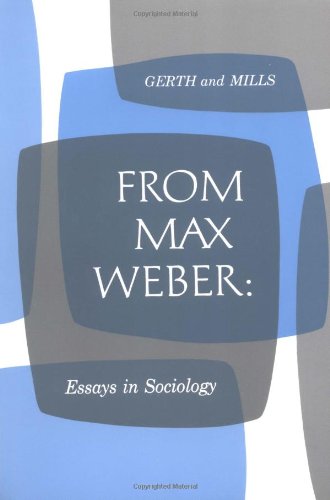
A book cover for From Max Weber: Essays in Sociology; Max Weber; Medical Books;